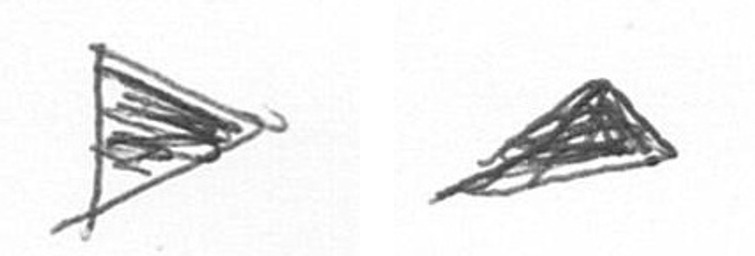
T O